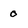
Character: 0